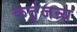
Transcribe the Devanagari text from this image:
कर्तृजन्र्य